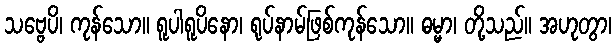
သဗ္ဗေပိ၊ ကုန်သော။ ရူပါရူပိနော၊ ရုပ်နာမ်ဖြစ်ကုန်သော။ ဓမ္မာ၊ တို့သည်။ အဟုတွာ၊